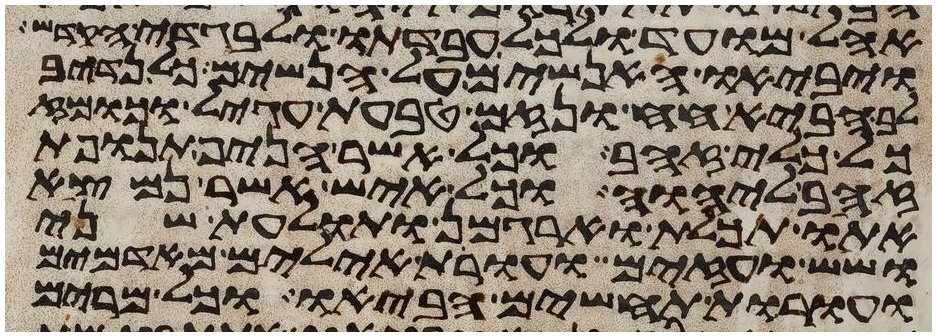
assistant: אהל מועד ולכל עבדתו ולבגדי הקדש
ויביאו האנשים על הנשים כל נדיב
לב הביא חח ונזם טבעת עגיל וכומז
כל כלי זהב וכל אשר הניף תנופת
זהב ליהוה וכל איש אשר נמצא
אתו תכלת וארגמן ותולעת שני
ושש ועזים ועורת אילים מאדמים
ועורת תחשים הביאו וכל מרים